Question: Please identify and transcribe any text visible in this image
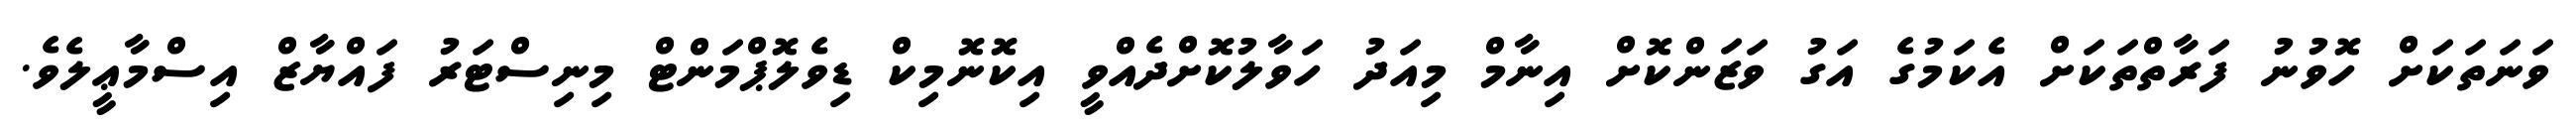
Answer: ވަނަތަކަށް ހޮވުނު ފަރާތްތަކަށް އެކަމުގެ އަގު ވަޒަންކޮށް އިނާމް މިއަދު ހަވާލުކޮށްދެއްވީ އިކޮނޮމިކް ޑިވެލޮޕްމަންޓް މިނިސްޓަރު ފައްޔާޒް އިސްމާޢީލެވެ.